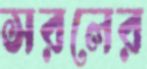
সরলের